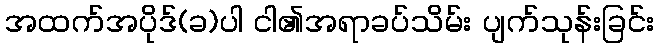
အထက်အပိုဒ်(ခ)ပါ ငါ၏အရာခပ်သိမ်း ပျက်သုန်းခြင်း